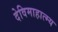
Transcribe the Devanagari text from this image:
देविमाहात्म्य